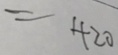
= 4 2 0